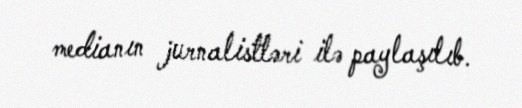
medianın jurnalistləri ilə paylaşılıb.